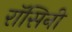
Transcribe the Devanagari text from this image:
रॉसिनी